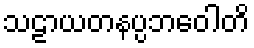
သဠာယတနပ္ပဘဝေါတိ